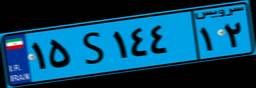
۱۵S۱۴۴۱۲